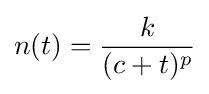
n(t)={\frac {k}{(c+t)^{p}}}